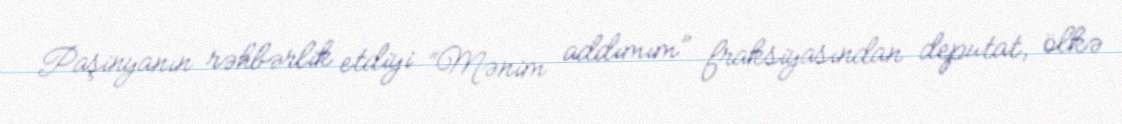
Paşinyanın rəhbərlik etdiyi “Mənim addımım” fraksiyasından deputat, ölkə